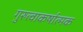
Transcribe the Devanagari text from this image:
गुरुत्वाकर्षात्मक